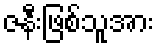
ဇနီးဖြစ်သူအား